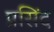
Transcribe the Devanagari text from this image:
प्रसिंद